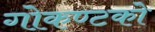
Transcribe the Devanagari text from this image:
गोकण्टको